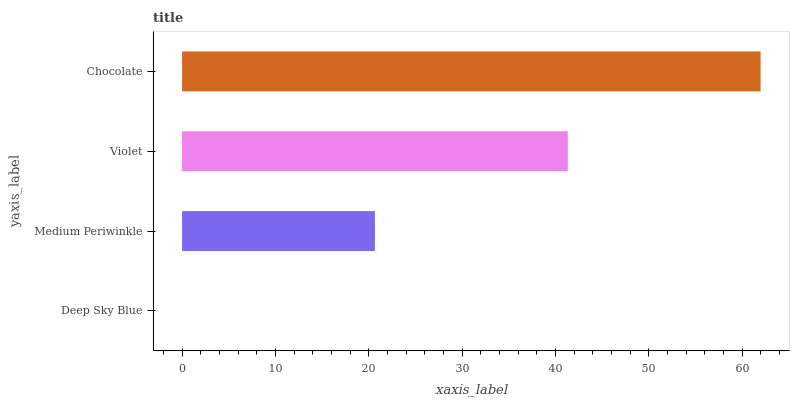
| yaxis_label | bars |
 | --- | --- |
 | Deep Sky Blue | 0 |
 | Medium Periwinkle | 20.7 |
 | Violet | 41.3 |
 | Chocolate | 62 |